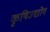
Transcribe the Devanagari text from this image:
कृषिउद्योग